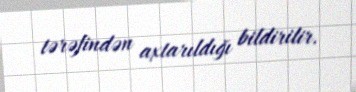
tərəfindən axtarıldığı bildirilir.